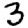
Digit: 3